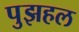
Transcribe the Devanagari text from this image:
पुझहल